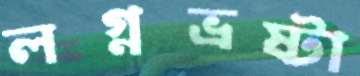
লগ্নভ্রষ্টা